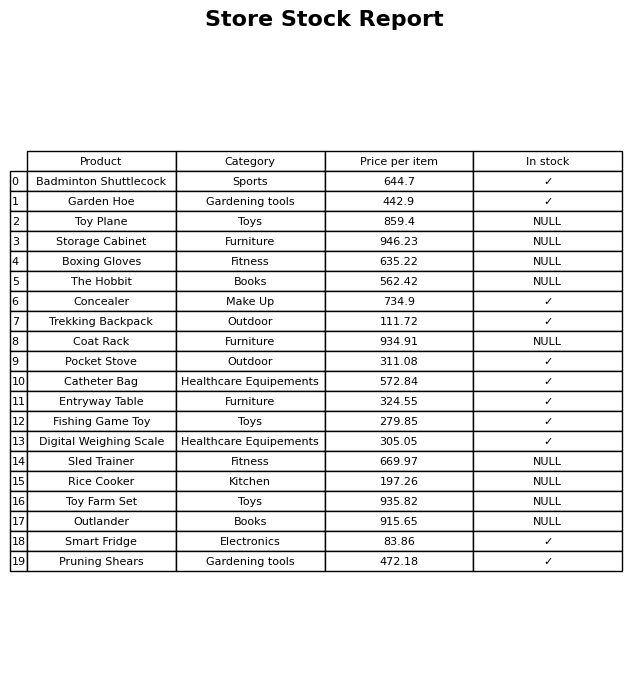
question: What is the price of the Fishing Game Toy?
answer: The price of Fishing Game Toy is 279.85.